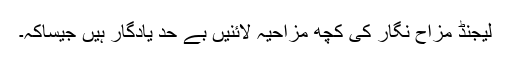
لیجنڈ مزاح نگار کی کچھ مزاحیہ لائنیں بے حد یادگار ہیں جیساکہ۔